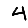
Digit: 4